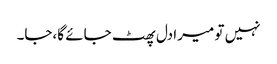
نہیں تو میرا دل پھٹ جائے گا،جا۔